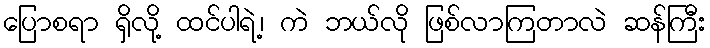
ပြောစရာ ရှိလို့ ထင်ပါရဲ့၊ ကဲ ဘယ်လို ဖြစ်လာကြတာလဲ ဆန်ကြီး